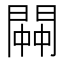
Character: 𨵓